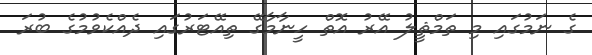
ގެ ނަމުގައި މި ތަމްޘީލު އޭރު އޮތް ހީނާމާގޭ ތިއޭޓަރުގައި ދެއްކެވުމުގެ ބުރަ